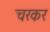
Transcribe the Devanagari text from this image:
चरकर